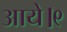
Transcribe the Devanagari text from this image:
आये।९